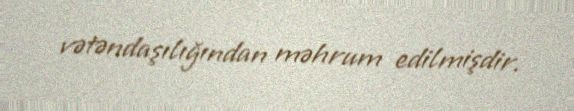
vətəndaşılığından məhrum edilmişdir.